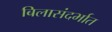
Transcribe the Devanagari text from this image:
बिलासंदर्भात